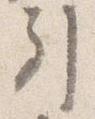
引